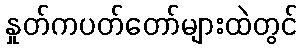
နှုတ်ကပတ်တော်များထဲတွင်